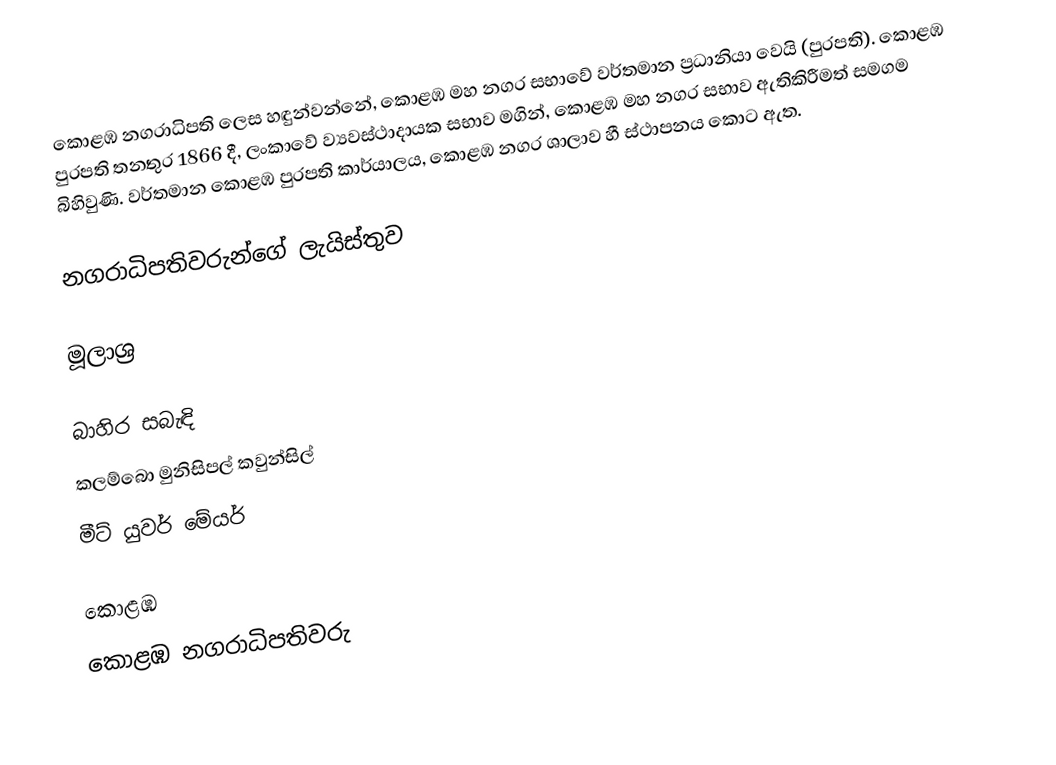
කොළඹ නගරාධිපති ලෙස හඳුන්වන්නේ, කොළඹ මහ නගර සභාවේ වර්තමාන ප්‍රධානියා වෙයි (පුරපති). කොළඹ පුරපති තනතුර 1866 දී, ලංකාවේ ව්‍යවස්ථාදායක සභාව මගින්, කොළඹ මහ නගර සභාව ඇතිකිරීමත් සමගම බිහිවුණි. වර්තමාන කොළඹ පුරපති කාර්යාලය, කොළඹ නගර ශාලාව හී ස්ථාපනය කොට ඇත.

නගරාධිපතිවරුන්ගේ ලැයිස්තුව

මූලාශ්‍ර

බාහිර සබැඳි
කලම්බො මුනිසිපල් කවුන්සිල්
 මීට් යුවර් මේයර්

කොළඹ
කොළඹ නගරාධිපතිවරු